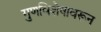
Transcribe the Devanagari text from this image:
गुणविशेषावरून